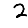
Digit: 2